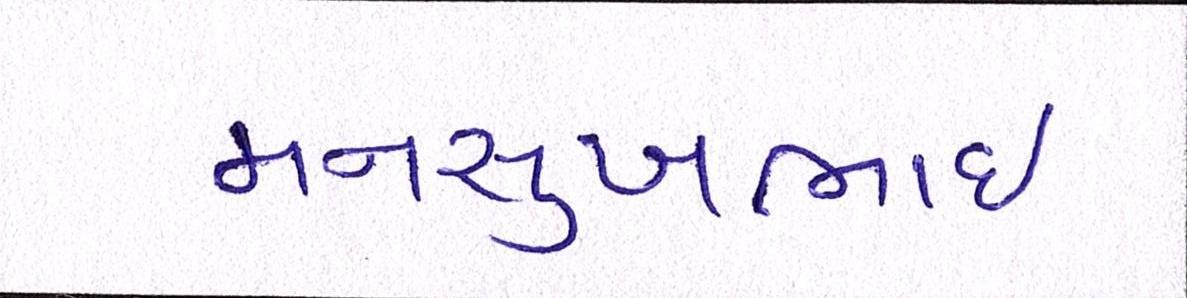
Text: મનસુખભાઈ